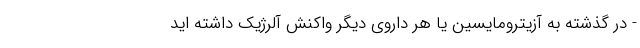
- در گذشته به آزیترومایسین یا هر داروی دیگر واکنش آلرژیک داشته اید